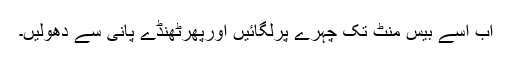
اب اسے بیس منٹ تک چہرے پرلگائیں اورپھرٹھنڈے پانی سے دھولیں۔